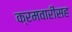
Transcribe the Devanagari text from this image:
क्रमवारीसह